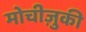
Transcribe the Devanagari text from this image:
मोचीज़ुकी